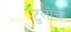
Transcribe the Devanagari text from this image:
टुलॊच